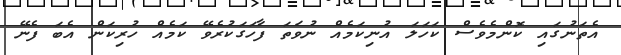
އެތަނުގައި ކޮންމެވެސް ކަހަލަ އުނިކަމެއް ނުވަތަ ފާހަގަކުރެވޭ ކަމެއް ހުރިކަން އެބަ ފެނޭ